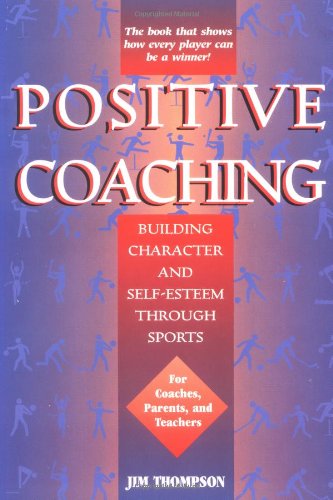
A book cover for Positive Coaching: Building Character and Self-Esteem Through Sports; Jim Thompson; Sports & Outdoors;